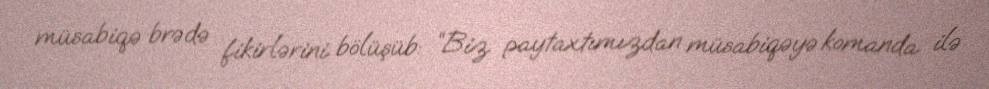
müsabiqə brədə fikirlərini bölüşüb: “Biz paytaxtımızdan müsabiqəyə komanda ilə